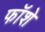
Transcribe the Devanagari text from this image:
फॉशे